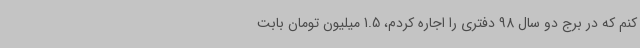
کنم که در برج دو سال 98 دفتری را اجاره کردم، 1.5 میلیون تومان بابت